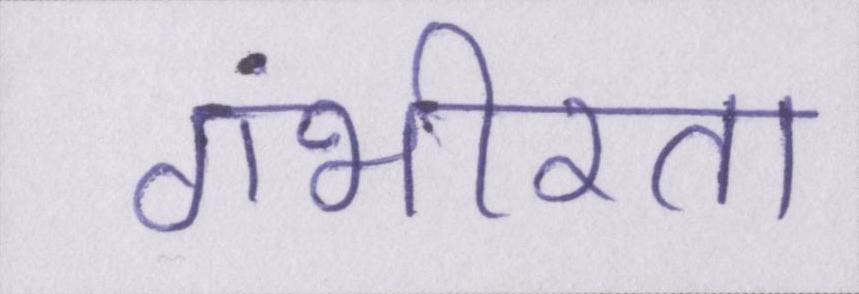
गंभीरता